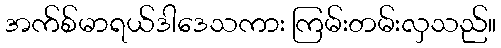
အက်စ်မာရယ်ဒါဒေသကား ကြမ်းတမ်းလှသည်။